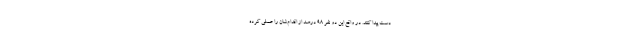
دست پیدا کنند. در واقع این دو نفر 98 درصد از اقدام‌شان را عملی کرده